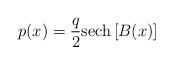
\begin{align*}p(x) = {q\over{2}} {\rm sech}\left[B(x)\right]\end{align*}